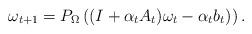
LaTeX: \begin{align*} \omega_{t+1} = P_{\Omega} \left( (I + \alpha_t A_t) \omega_t - \alpha_t b_t) \right).\end{align*}